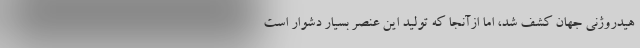
هیدروژنی جهان کشف شد، اما ازآنجا که تولید این عنصر بسیار دشوار است